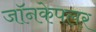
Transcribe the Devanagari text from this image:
जॉनकेपलर